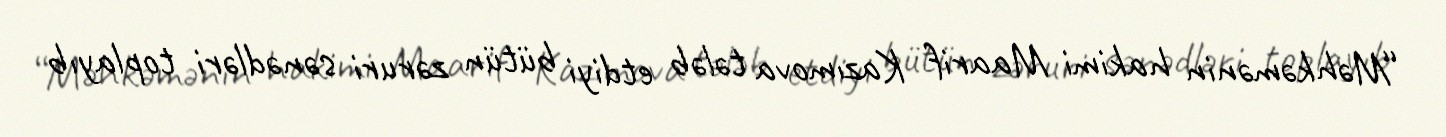
“Məhkəmənin hakimi Maarif Kazımova tələb etdiyi bütün zəruri sənədləri toplayıb